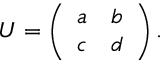
U = \left( \begin{array} { l l } { a } & { b } \\ { c } & { d } \end{array} \right) .